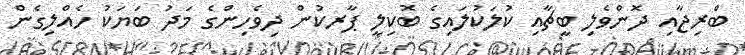
ބްރިޖާއި ދޮންވެލި ބީޗާއި ކުލަކުލައިގެ ބޮކިލީ ޕާރކުން ދިވެހިންގެ މަދު ބަޔަކު ހެއްލިގެން